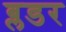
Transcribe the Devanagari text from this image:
ब्लडर